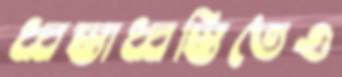
ধ্বস্তাধ্বস্তিতেও